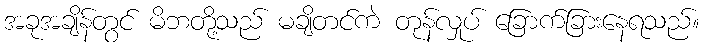
အခုအချိန်တွင် မိဘတို့သည် မချိတင်ကဲ တုန်လှုပ် ခြောက်ခြားနေရသည်။